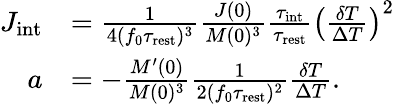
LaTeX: \begin{array}{rl}{J_{\mathrm{int}}}&{=\frac{1}{4(f_{0}\tau_{\mathrm{rest}})^{3}}\frac{J(0)}{M(0)^{3}}\frac{\tau_{\mathrm{int}}}{\tau_{\mathrm{rest}}}\left(\frac{\delta T}{\Delta T}\right)^{2}}\\ {a}&{=-\frac{M^{\prime}(0)}{M(0)^{3}}\frac{1}{2(f_{0}\tau_{\mathrm{rest}})^{2}}\frac{\delta T}{\Delta T}.}\end{array}